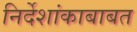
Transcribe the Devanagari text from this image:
निर्देशांकाबाबत